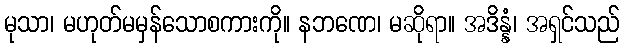
မုသာ၊ မဟုတ်မမှန်သောစကားကို။ နဘဏေ၊ မဆိုရာ။ အဒိန္နံ၊ အရှင်သည်